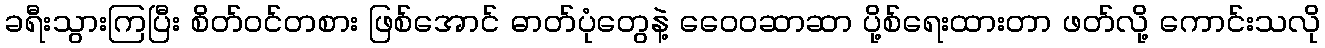
ခရီးသွားကြပြီး စိတ်ဝင်တစား ဖြစ်အောင် ဓာတ်ပုံတွေနဲ့ ဝေေ၀ဆာဆာ ပို့စ်ရေးထားတာ ဖတ်လို့ ကောင်းသလို